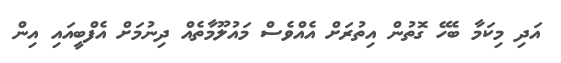
އަދި މިކަމާ ބެހޭ ގޮތުން އިތުރަށް އެއްވެސް މައުލޫމާތެއް ދިނުމަށް އެފްބީއައި އިން